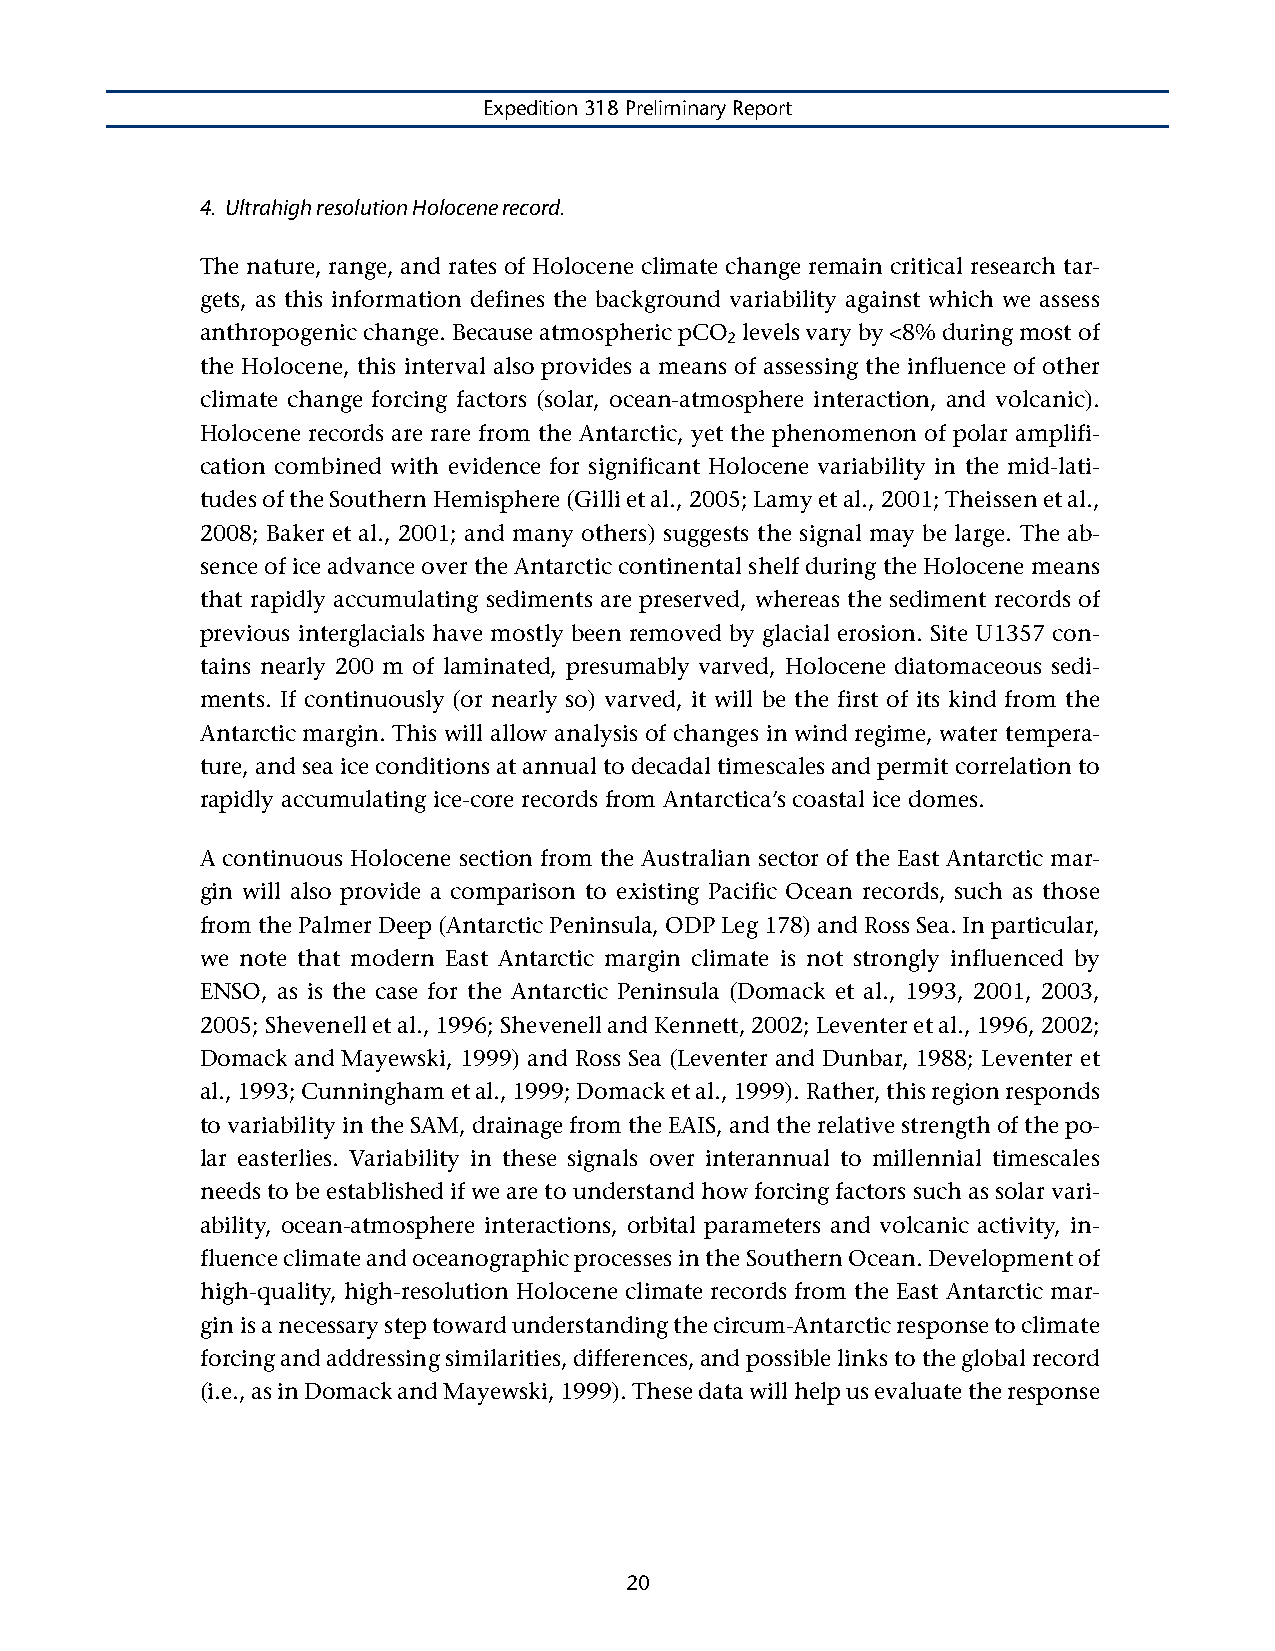
Expedition 318 Preliminary Report
 4. Ultrahigh resolution Holocene record.
 The nature, range, and rates of Holocene climate change remain critical research tar-
 gets, as this information defines the background variability against which we assess
 anthropogenic change. Because atmospheric pCO levels vary by <8% during most of
 2
 the Holocene, this interval also provides a means of assessing the influence of other
 climate change forcing factors (solar, ocean-atmosphere interaction, and volcanic).
 Holocene records are rare from the Antarctic, yet the phenomenon of polar amplifi-
 cation combined with evidence for significant Holocene variability in the mid-lati-
 tudes of the Southern Hemisphere (Gilli et al., 2005; Lamy et al., 2001; Theissen et al.,
 2008; Baker et al., 2001; and many others) suggests the signal may be large. The ab-
 sence of ice advance over the Antarctic continental shelf during the Holocene means
 that rapidly accumulating sediments are preserved, whereas the sediment records of
 previous interglacials have mostly been removed by glacial erosion. Site U1357 con-
 tains nearly 200 m of laminated, presumably varved, Holocene diatomaceous sedi-
 ments. If continuously (or nearly so) varved, it will be the first of its kind from the
 Antarctic margin. This will allow analysis of changes in wind regime, water tempera-
 ture, and sea ice conditions at annual to decadal timescales and permit correlation to
 rapidly accumulating ice-core records from Antarctica’s coastal ice domes.
 A continuous Holocene section from the Australian sector of the East Antarctic mar-
 gin will also provide a comparison to existing Pacific Ocean records, such as those
 from the Palmer Deep (Antarctic Peninsula, ODP Leg 178) and Ross Sea. In particular,
 we note that modern East Antarctic margin climate is not strongly influenced by
 ENSO, as is the case for the Antarctic Peninsula (Domack et al., 1993, 2001, 2003,
 2005; Shevenell et al., 1996; Shevenell and Kennett, 2002; Leventer et al., 1996, 2002;
 Domack and Mayewski, 1999) and Ross Sea (Leventer and Dunbar, 1988; Leventer et
 al., 1993; Cunningham et al., 1999; Domack et al., 1999). Rather, this region responds
 to variability in the SAM, drainage from the EAIS, and the relative strength of the po-
 lar easterlies. Variability in these signals over interannual to millennial timescales
 needs to be established if we are to understand how forcing factors such as solar vari-
 ability, ocean-atmosphere interactions, orbital parameters and volcanic activity, in-
 fluence climate and oceanographic processes in the Southern Ocean. Development of
 high-quality, high-resolution Holocene climate records from the East Antarctic mar-
 gin is a necessary step toward understanding the circum-Antarctic response to climate
 forcing and addressing similarities, differences, and possible links to the global record
 (i.e., as in Domack and Mayewski, 1999). These data will help us evaluate the response
 20